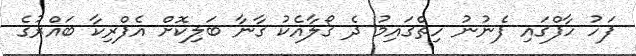
ފަހު ހާފްގައި ފެނުނު ހިތްގައިމު ދެ ގޯލާއެކު ގާނާ ބަލިކޮށް އެފްރިކާ ބައްރުގެ